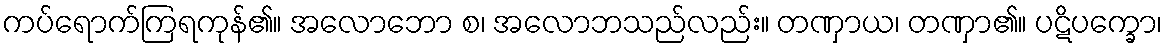
ကပ်ရောက်ကြရကုန်၏။ အလောဘော စ၊ အလောဘသည်လည်း။ တဏှာယ၊ တဏှာ၏။ ပဋိပက္ခော၊